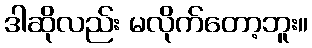
ဒါဆိုလည်း မလိုက်တော့ဘူး။